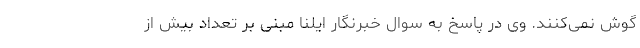
گوش نمی‌کنند. وی در پاسخ به سوال خبرنگار ایلنا مبنی بر تعداد بیش از